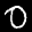
Label: 0